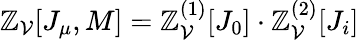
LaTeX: \mathbb{Z}_{\mathcal{V}}[J_{\mu},M]=\mathbb{Z}_{\mathcal{V}}^{(1)}[J_{0}]\cdot\mathbb{Z}_{\mathcal{V}}^{(2)}[J_{i}]